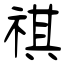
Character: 祺